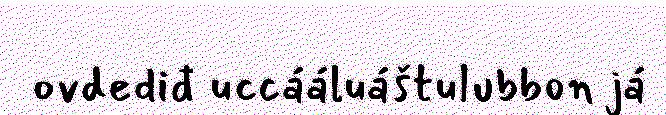
ovdediđ uccááluáštulubbon já